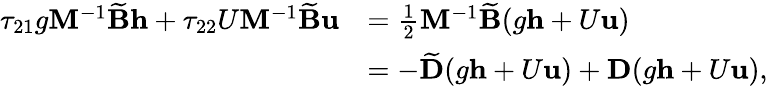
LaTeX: \begin{array}{rl}{\tau_{21}g\mathbf{M}^{-1}\widetilde{\mathbf{B}}\mathbf{h}+\tau_{22}U\mathbf{M}^{-1}\widetilde{\mathbf{B}}\mathbf{u}}&{=\frac{1}{2}\mathbf{M}^{-1}\widetilde{\mathbf{B}}(g\mathbf{h}+U\mathbf{u})}\\ &{=-\widetilde{\mathbf{D}}(g\mathbf{h}+U\mathbf{u})+\mathbf{D}(g\mathbf{h}+U\mathbf{u}),}\end{array}